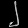
Digit: ၂